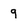
Character: 9